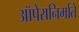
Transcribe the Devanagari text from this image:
ऑपेरानिर्माते